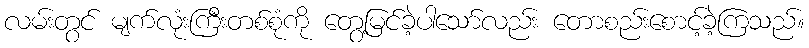
လမ်းတွင် မျက်လုံးကြီးတစ်စုံကို တွေ့မြင်ခဲ့ပါသော်လည်း တောစည်းစောင့်ခဲ့ကြသည်။